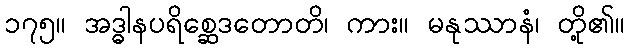
၁၇၅။ အဒ္ဓါနပရိစ္ဆေဒတောတိ၊ ကား။ မနုဿာနံ၊ တို့၏။